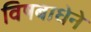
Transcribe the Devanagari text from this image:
विषबाधेने